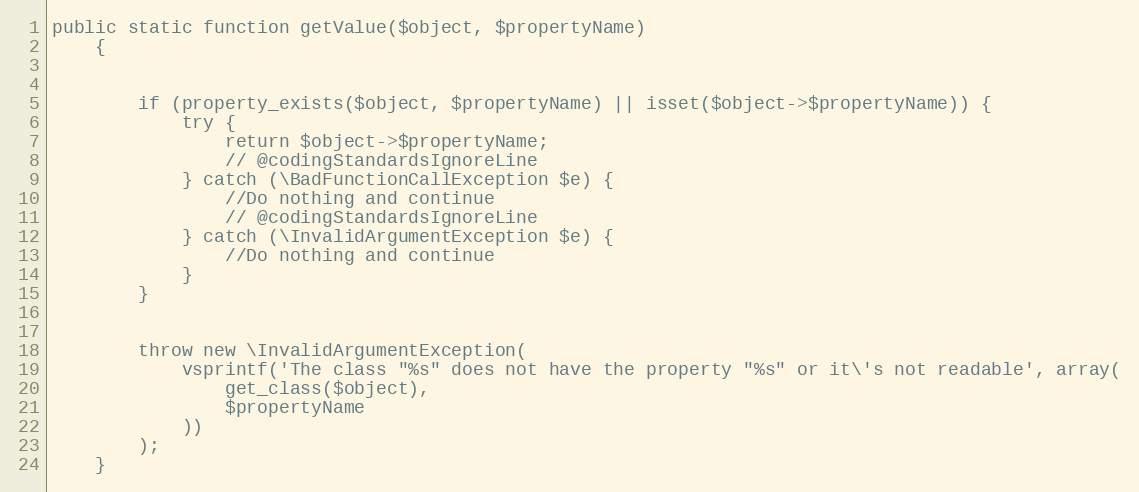
Language: PHP
public static function getValue($object, $propertyName)
    {

        if (property_exists($object, $propertyName) || isset($object->$propertyName)) {
            try {
                return $object->$propertyName;
                // @codingStandardsIgnoreLine
            } catch (\BadFunctionCallException $e) {
                //Do nothing and continue
                // @codingStandardsIgnoreLine
            } catch (\InvalidArgumentException $e) {
                //Do nothing and continue
            }
        }

        throw new \InvalidArgumentException(
            vsprintf('The class "%s" does not have the property "%s" or it\'s not readable', array(
                get_class($object),
                $propertyName
            ))
        );
    }